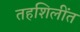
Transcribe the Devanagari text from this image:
तहशिलींत